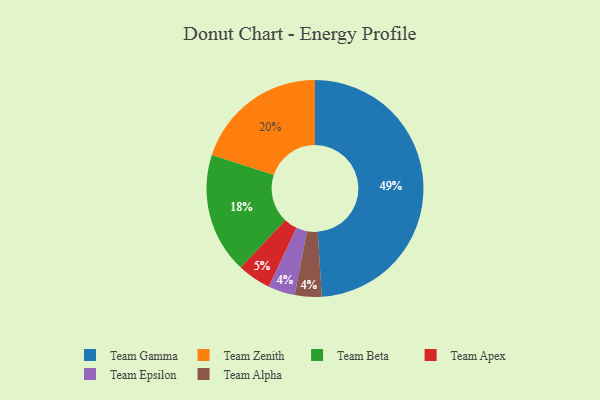
{"axis": {"x": "Category", "y": "Percentage"}, "legend": ["Team Alpha", "Team Apex", "Team Beta", "Team Epsilon", "Team Gamma", "Team Zenith"], "data": [{"x": "Team Apex", "y": 5, "type": "Team Apex"}, {"x": "Team Epsilon", "y": 4, "type": "Team Epsilon"}, {"x": "Team Zenith", "y": 20, "type": "Team Zenith"}, {"x": "Team Gamma", "y": 49, "type": "Team Gamma"}, {"x": "Team Alpha", "y": 4, "type": "Team Alpha"}, {"x": "Team Beta", "y": 18, "type": "Team Beta"}]}